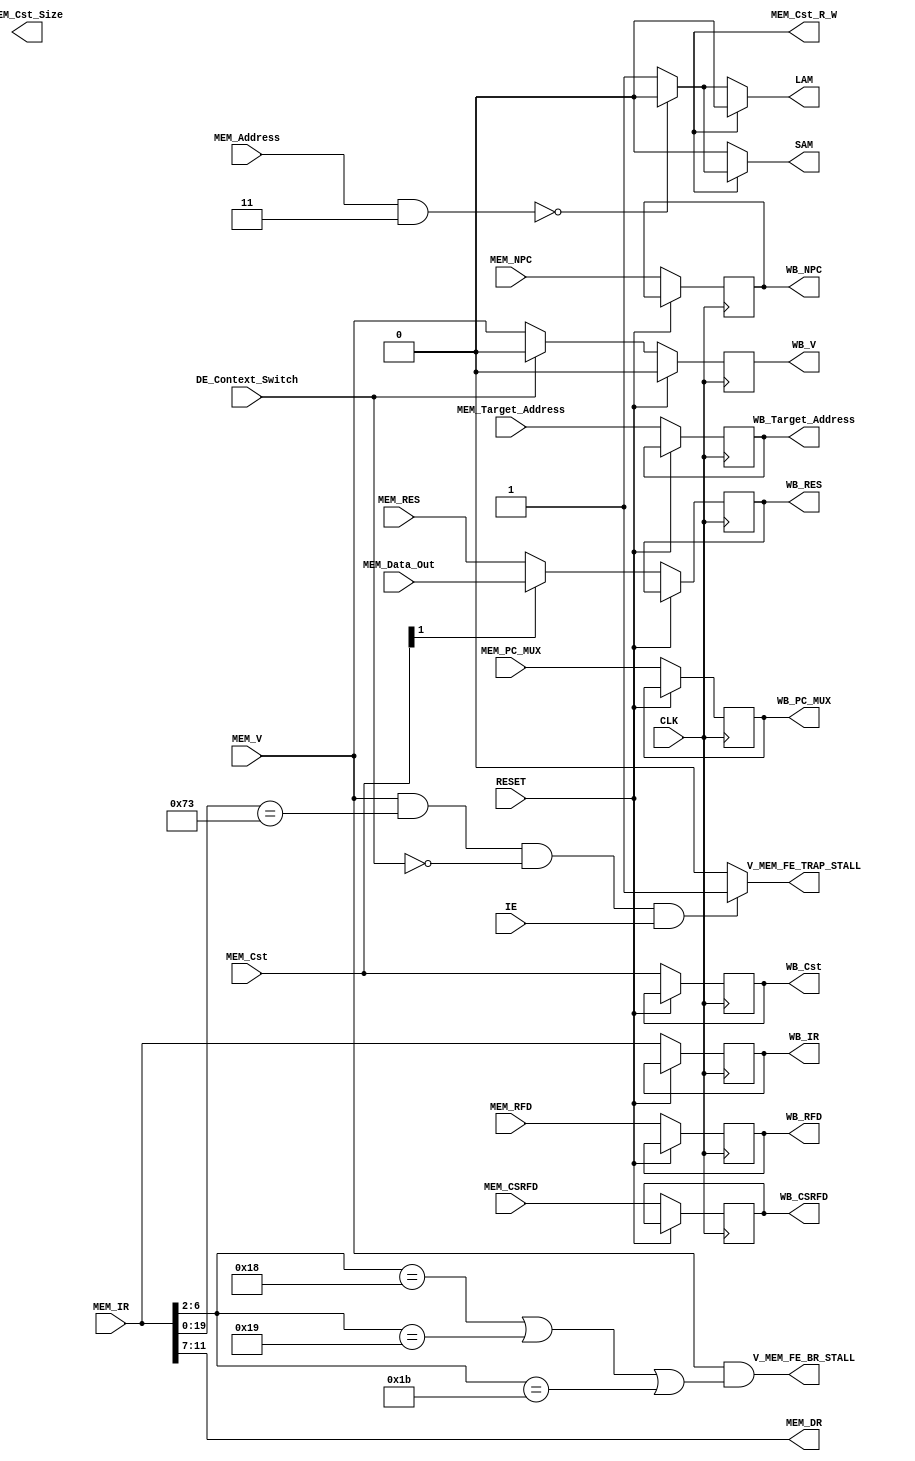
`timescale 1ns / 1ps
module memory(
    input CLK,
    input RESET,
    input MEM_V,
    input [63:0] MEM_Target_Address,
    input [18:0] MEM_Cst,
    input [63:0] MEM_RES,
    input MEM_PC_MUX,
    input [63:0] MEM_NPC,
    input [63:0] MEM_Address,
    input [31:0] MEM_IR,
    input [63:0] MEM_Data_Out,

    input [63:0] MEM_RFD,
    input [63:0] MEM_CSRFD,
    input DE_Context_Switch,
    input IE,

    output V_MEM_FE_BR_STALL,
    output reg WB_V,
    output reg [18:0] WB_Cst,
    output reg [63:0] WB_RES,
    output reg WB_PC_MUX,
    output reg [63:0] WB_NPC,
    output reg [31:0] WB_IR,
    output reg [63:0] WB_Target_Address,
    output [4:0] MEM_DR,
    output MEM_Cst_R_W,
    output [2:0] MEM_Cst_Size,

    output V_MEM_FE_TRAP_STALL,
    output reg [63:0] WB_RFD,
    output reg [63:0] WB_CSRFD,
    output LAM,
    output SAM
);

`define MEM_Cst_R_W MEM_Cst[5]
`define MEM_Cst_Size MEM_Cst[4:2]
`define MEM_Cst_RES_Mux MEM_Cst[1]

assign MEM_DR = MEM_IR[11:7];

//wire [63:0] MEM_Data_Out;
//Stalls pipeline to allow accurate branches
assign V_MEM_FE_BR_STALL = MEM_V && ((MEM_IR[6:2] ==5'b11000) || (MEM_IR[6:2] ==5'b11001) || (MEM_IR[6:2] ==5'b11011));
assign V_MEM_FE_TRAP_STALL = (MEM_V && MEM_IR[19:0] == 20'h00073 && !DE_Context_Switch && IE) ? 1'd1 : 1'd0;
assign LAM = MEM_Cst_R_W ? 1'b0:((MEM_Address & 64'd3) == 0) ? 1'b0 : 1'b1; 
assign SAM = MEM_Cst_R_W ? ((MEM_Address & 64'd3) == 0) ? 1'b0 : 1'b1:1'b0;

//Memory File comment bellow line if connecting to external BRAM
 //memoryFile x_mem_file (.MEM_V(MEM_V), .CLK(CLK), .RESET(RESET), .r_w(`MEM_Cst_R_W), .size(`MEM_Cst_Size), .data_in(MEM_RES), .address(MEM_Address), .data_out(MEM_Data_Out));

always @(posedge CLK) begin
    if (RESET) begin
        WB_V <= 1'b0;
    end else begin
        WB_V <= DE_Context_Switch ? 1'b0:MEM_V;
        WB_Cst <= MEM_Cst;
        if (`MEM_Cst_RES_Mux) begin
            WB_RES <= MEM_Data_Out;
        end else begin
            WB_RES <= MEM_RES;
        end
        WB_PC_MUX <= MEM_PC_MUX;
        WB_NPC <= MEM_NPC;
        WB_IR <= MEM_IR;
        WB_Target_Address <= MEM_Target_Address;
        WB_RFD <= MEM_RFD;
        WB_CSRFD <= MEM_CSRFD;
    end
end
endmodule